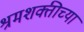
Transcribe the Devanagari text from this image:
श्रमशक्तीच्या